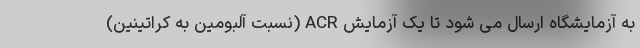
به آزمایشگاه ارسال می شود تا یک آزمایش ACR (نسبت آلبومین به کراتینین)